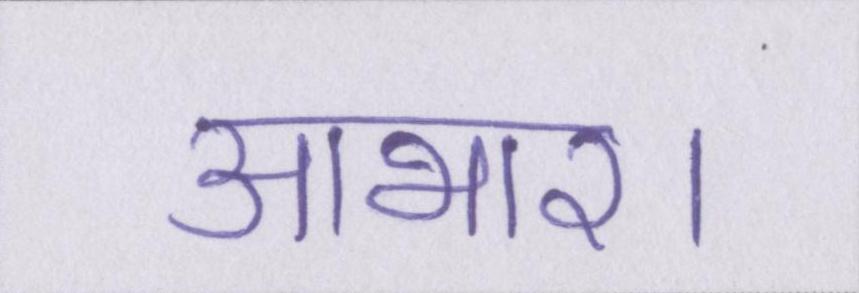
आभार।